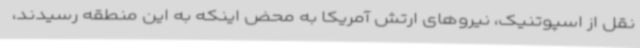
نقل از اسپوتنیک، نیروهای ارتش آمریکا به محض اینکه به این منطقه رسیدند،